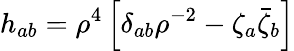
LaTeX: h_{ab}=\rho^{4}\left[\delta_{ab}\rho^{-2}-\zeta_{a}\bar{\zeta}_{b}\right]